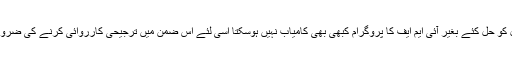
ان مسائل کو حل کئے بغیر آئی ایم ایف کا پروگرام کبھی بھی کامیاب نہیں ہوسکتا اسی لئے اس ضمن میں ترجیحی کارروائی کرنے کی ضرورت ہے۔